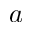
a